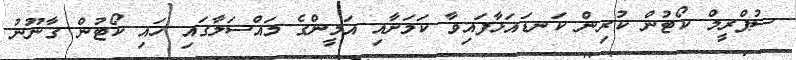
ސުޕްރީމް ކޯޓުން ކުރިން ކަނޑައަޅާފައިވާ ކަމަށާއި އަމީންގެ މައްސަލާގައި ހައި ކޯޓުން ގާނޫނު